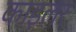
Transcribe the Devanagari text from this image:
काइलर